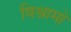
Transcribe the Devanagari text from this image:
विश्रामो